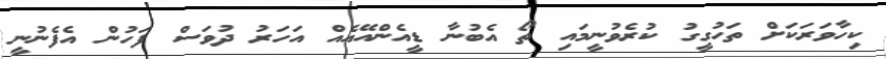
ކިހާވަރަކަށް ތަހުގީގު ކުރެވުނީީމައި ތޯ އެބުނާ ޑީއެންއޭއެެއް އަހަރު ދުވަސް ފަހުން އެެފެނުނީ